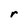
Character: r